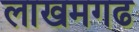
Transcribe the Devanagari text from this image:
लाखमगढ